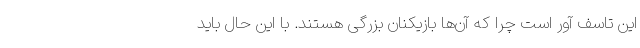
این تاسف آور است چرا که آن‌ها بازیکنان بزرگی هستند. با این حال باید